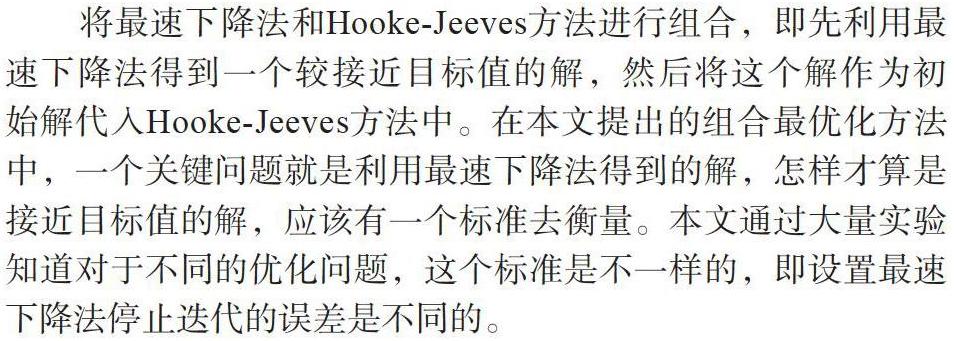
将最速下降法和Hooke-Jeeves方法进行组合，即先利用最速下降法得到一个较接近目标值的解，然后将这个解作为初始解代入Hooke-Jeeves方法中。在本文提出的组合最优化方法中，一个关键问题就是利用最速下降法得到的解，怎样才算是接近目标值的解，应该有一个标准去衡量。本文通过大量实验知道对于不同的优化问题，这个标准是不一样的，即设置最速下降法停止迭代的误差是不同的。